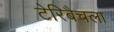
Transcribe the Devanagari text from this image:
टेरिबैचला